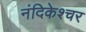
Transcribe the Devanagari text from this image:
नंदिकेश्चर